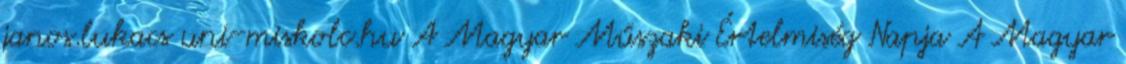
janos.lukacs uni-miskolc.hu A Magyar Műszaki Értelmiség Napja A Magyar